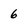
Character: 6